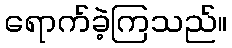
ရောက်ခဲ့ကြသည်။